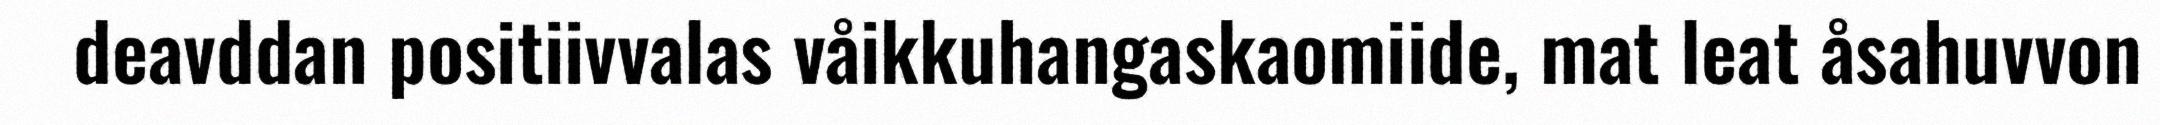
deavddan positiivvalas våikkuhangaskaomiide, mat leat åsahuvvon